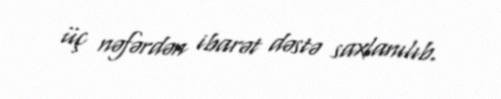
üç nəfərdən ibarət dəstə saxlanılıb.